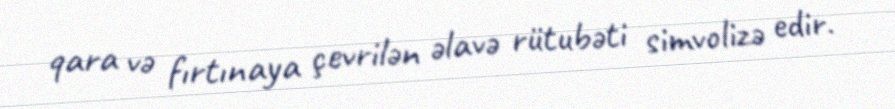
qara və fırtınaya çevrilən əlavə rütubəti simvolizə edir.